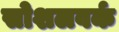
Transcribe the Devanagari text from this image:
सोशलवर्क